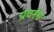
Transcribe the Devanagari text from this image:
प्राचनेस